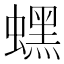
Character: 蟔